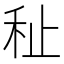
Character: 䄳